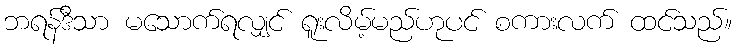
ဘရန်ဒီသာ မသောက်ရလျှင် ရူးလိမ့်မည်ဟုပင် စကားလက် ထင်သည်။